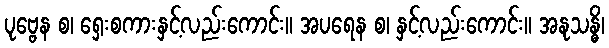
ပုဗ္ဗေန စ၊ ရှေးစကားနှင့်လည်းကောင်း။ အပရေန စ၊ နှင့်လည်းကောင်း။ အနုသန္ဓိ၊